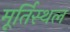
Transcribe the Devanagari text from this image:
मूर्तिस्थल